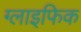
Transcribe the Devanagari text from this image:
ग्लाइफिक